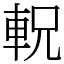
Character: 軦